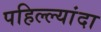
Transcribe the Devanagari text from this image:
पहिल्ल्यांदा